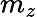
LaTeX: m_{z}